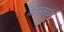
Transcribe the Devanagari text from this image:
करयासाठी